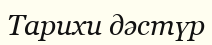
Тарихи дәстүр